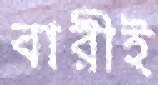
বারীই